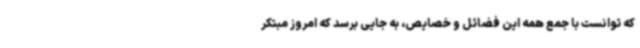
که توانست با جمع همه این فضائل و خصایص، به جایی برسد که امروز مبتکر